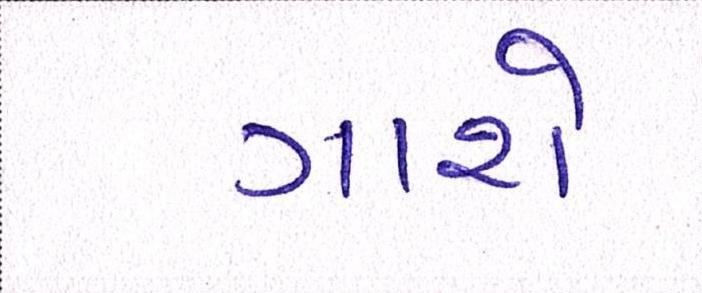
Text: ગાશે